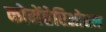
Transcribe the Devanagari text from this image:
कोमेंतेरिओरम